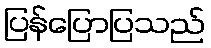
ပြန်ပြောပြသည်